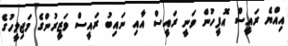
އިއްޔެ ރައީސް އޮފީހުން ވަނީ ރައީސް އާއި ނައިބު ރައީސް ވަޒީރުންގެ މަޖިލީހުގެ